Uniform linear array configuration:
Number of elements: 48
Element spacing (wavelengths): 0.25
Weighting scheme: binomial
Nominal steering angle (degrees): -60
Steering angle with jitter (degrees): -59.876
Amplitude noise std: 0.05
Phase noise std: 0.05

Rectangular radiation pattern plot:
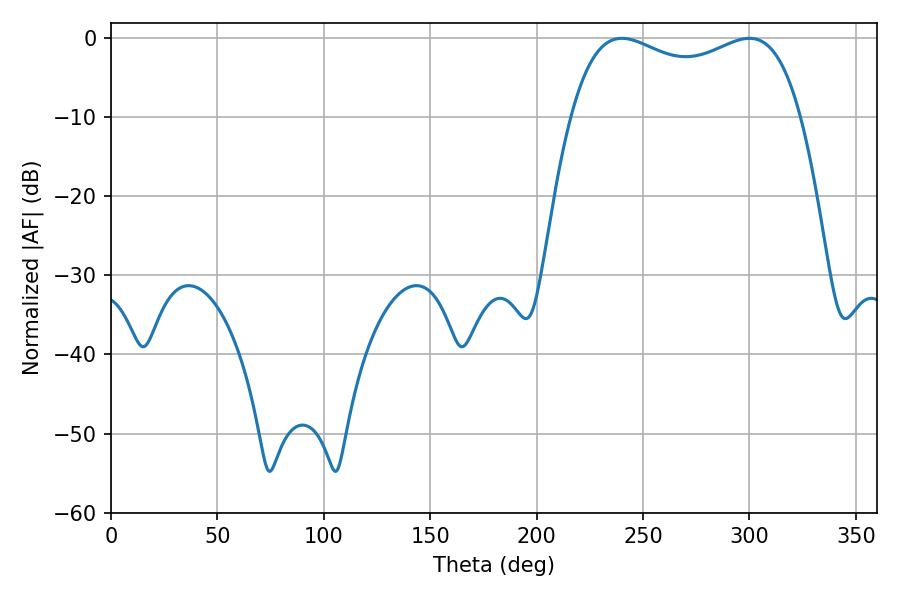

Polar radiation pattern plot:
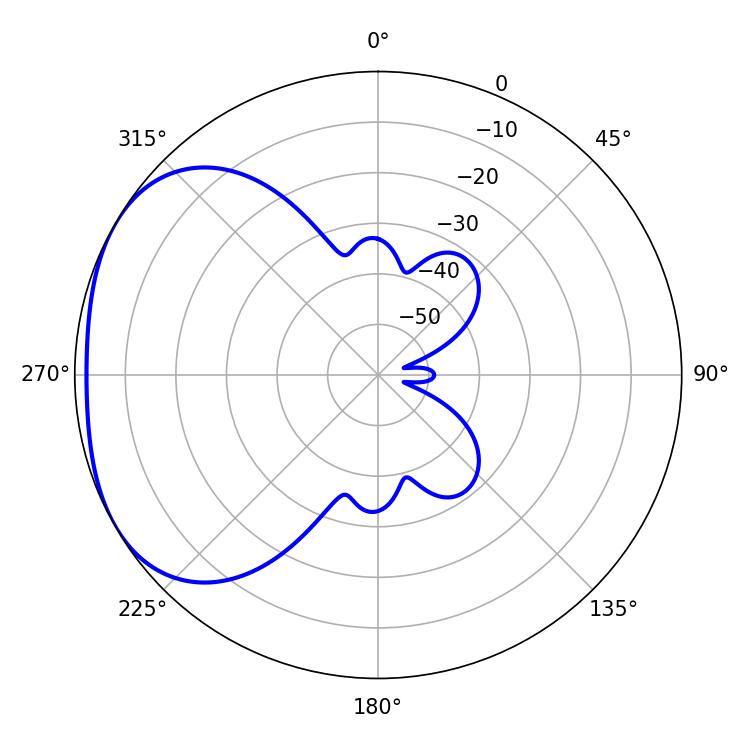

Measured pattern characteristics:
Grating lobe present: FALSE
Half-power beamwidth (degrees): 88.92
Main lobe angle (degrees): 239.94